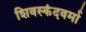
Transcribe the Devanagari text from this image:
शिवस्कंदवर्मा